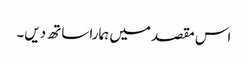
اس مقصد میں ہمارا ساتھ دیں۔